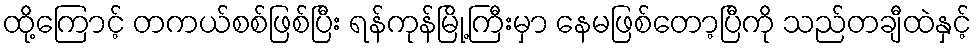
ထို့ကြောင့် တကယ်စစ်ဖြစ်ပြီး ရန်ကုန်မြို့ကြီးမှာ နေမဖြစ်တော့ပြီကို သည်တချီထဲနှင့်